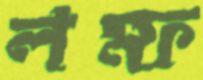
লম্ফ